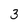
Character: 3